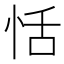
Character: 恬